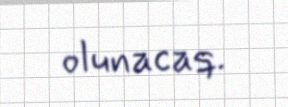
olunacaq.